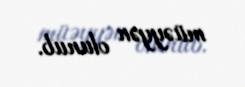
müəyyən olunub.